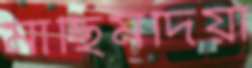
মাছিমদিয়া